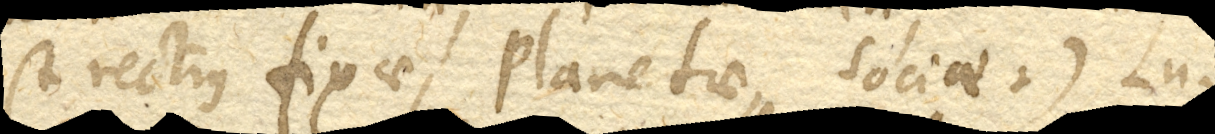
(+ Rectius fixae, Planetae, Sociae. +) Lu–